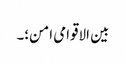
بین الاقوامی امن؛۔